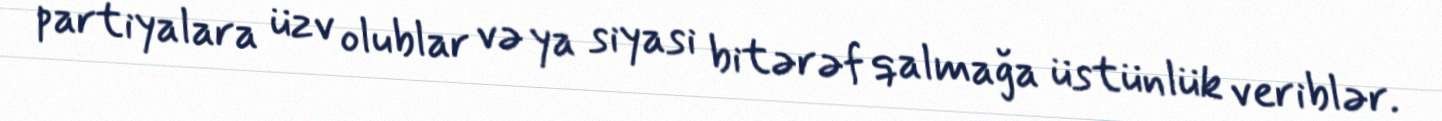
partiyalara üzv olublar və ya siyasi bitərəf qalmağa üstünlük veriblər.